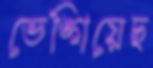
ভেঙ্গিয়েছ